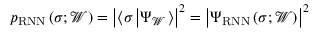
p _ { \mathrm { R N N } } \left( \boldsymbol { \sigma } ; \mathcal { W } \right) = \left| \langle \boldsymbol { \sigma } \left| \Psi _ { \mathcal { W } } \right. \rangle \right| ^ { 2 } = \left| \Psi _ { \mathrm { R N N } } \left( \boldsymbol { \sigma } ; \mathcal { W } \right) \right| ^ { 2 }